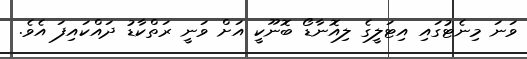
ވަނަ މިނެޓުގައި އިޓަލީގެ ލިއޮނާޑޯ ބޮނޫކީ އަށް ވަނީ ރަތްކާޑު ދައްކައިފަ އެވެ.